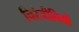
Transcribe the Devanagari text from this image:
चिरंजीवियों